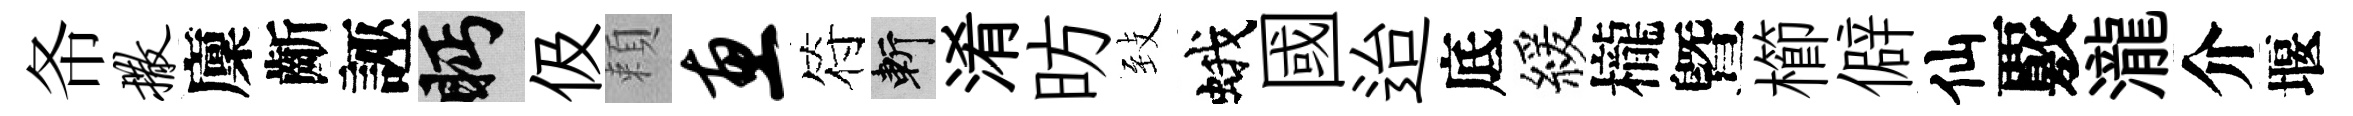
𢁙撒廩齗誣眄伋頼惠符斬淆昉𦤺蛾國迨底緩櫳曁櫛僻仙覈瀧介堰